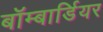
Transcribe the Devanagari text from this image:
बॉम्बार्डियर